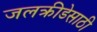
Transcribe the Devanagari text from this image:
जलक्रीडेसाठी